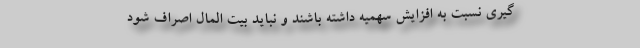
گیری نسبت به افزایش سهمیه داشته باشند و نباید بیت المال اصراف شود